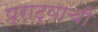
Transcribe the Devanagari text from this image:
प्राट्याची